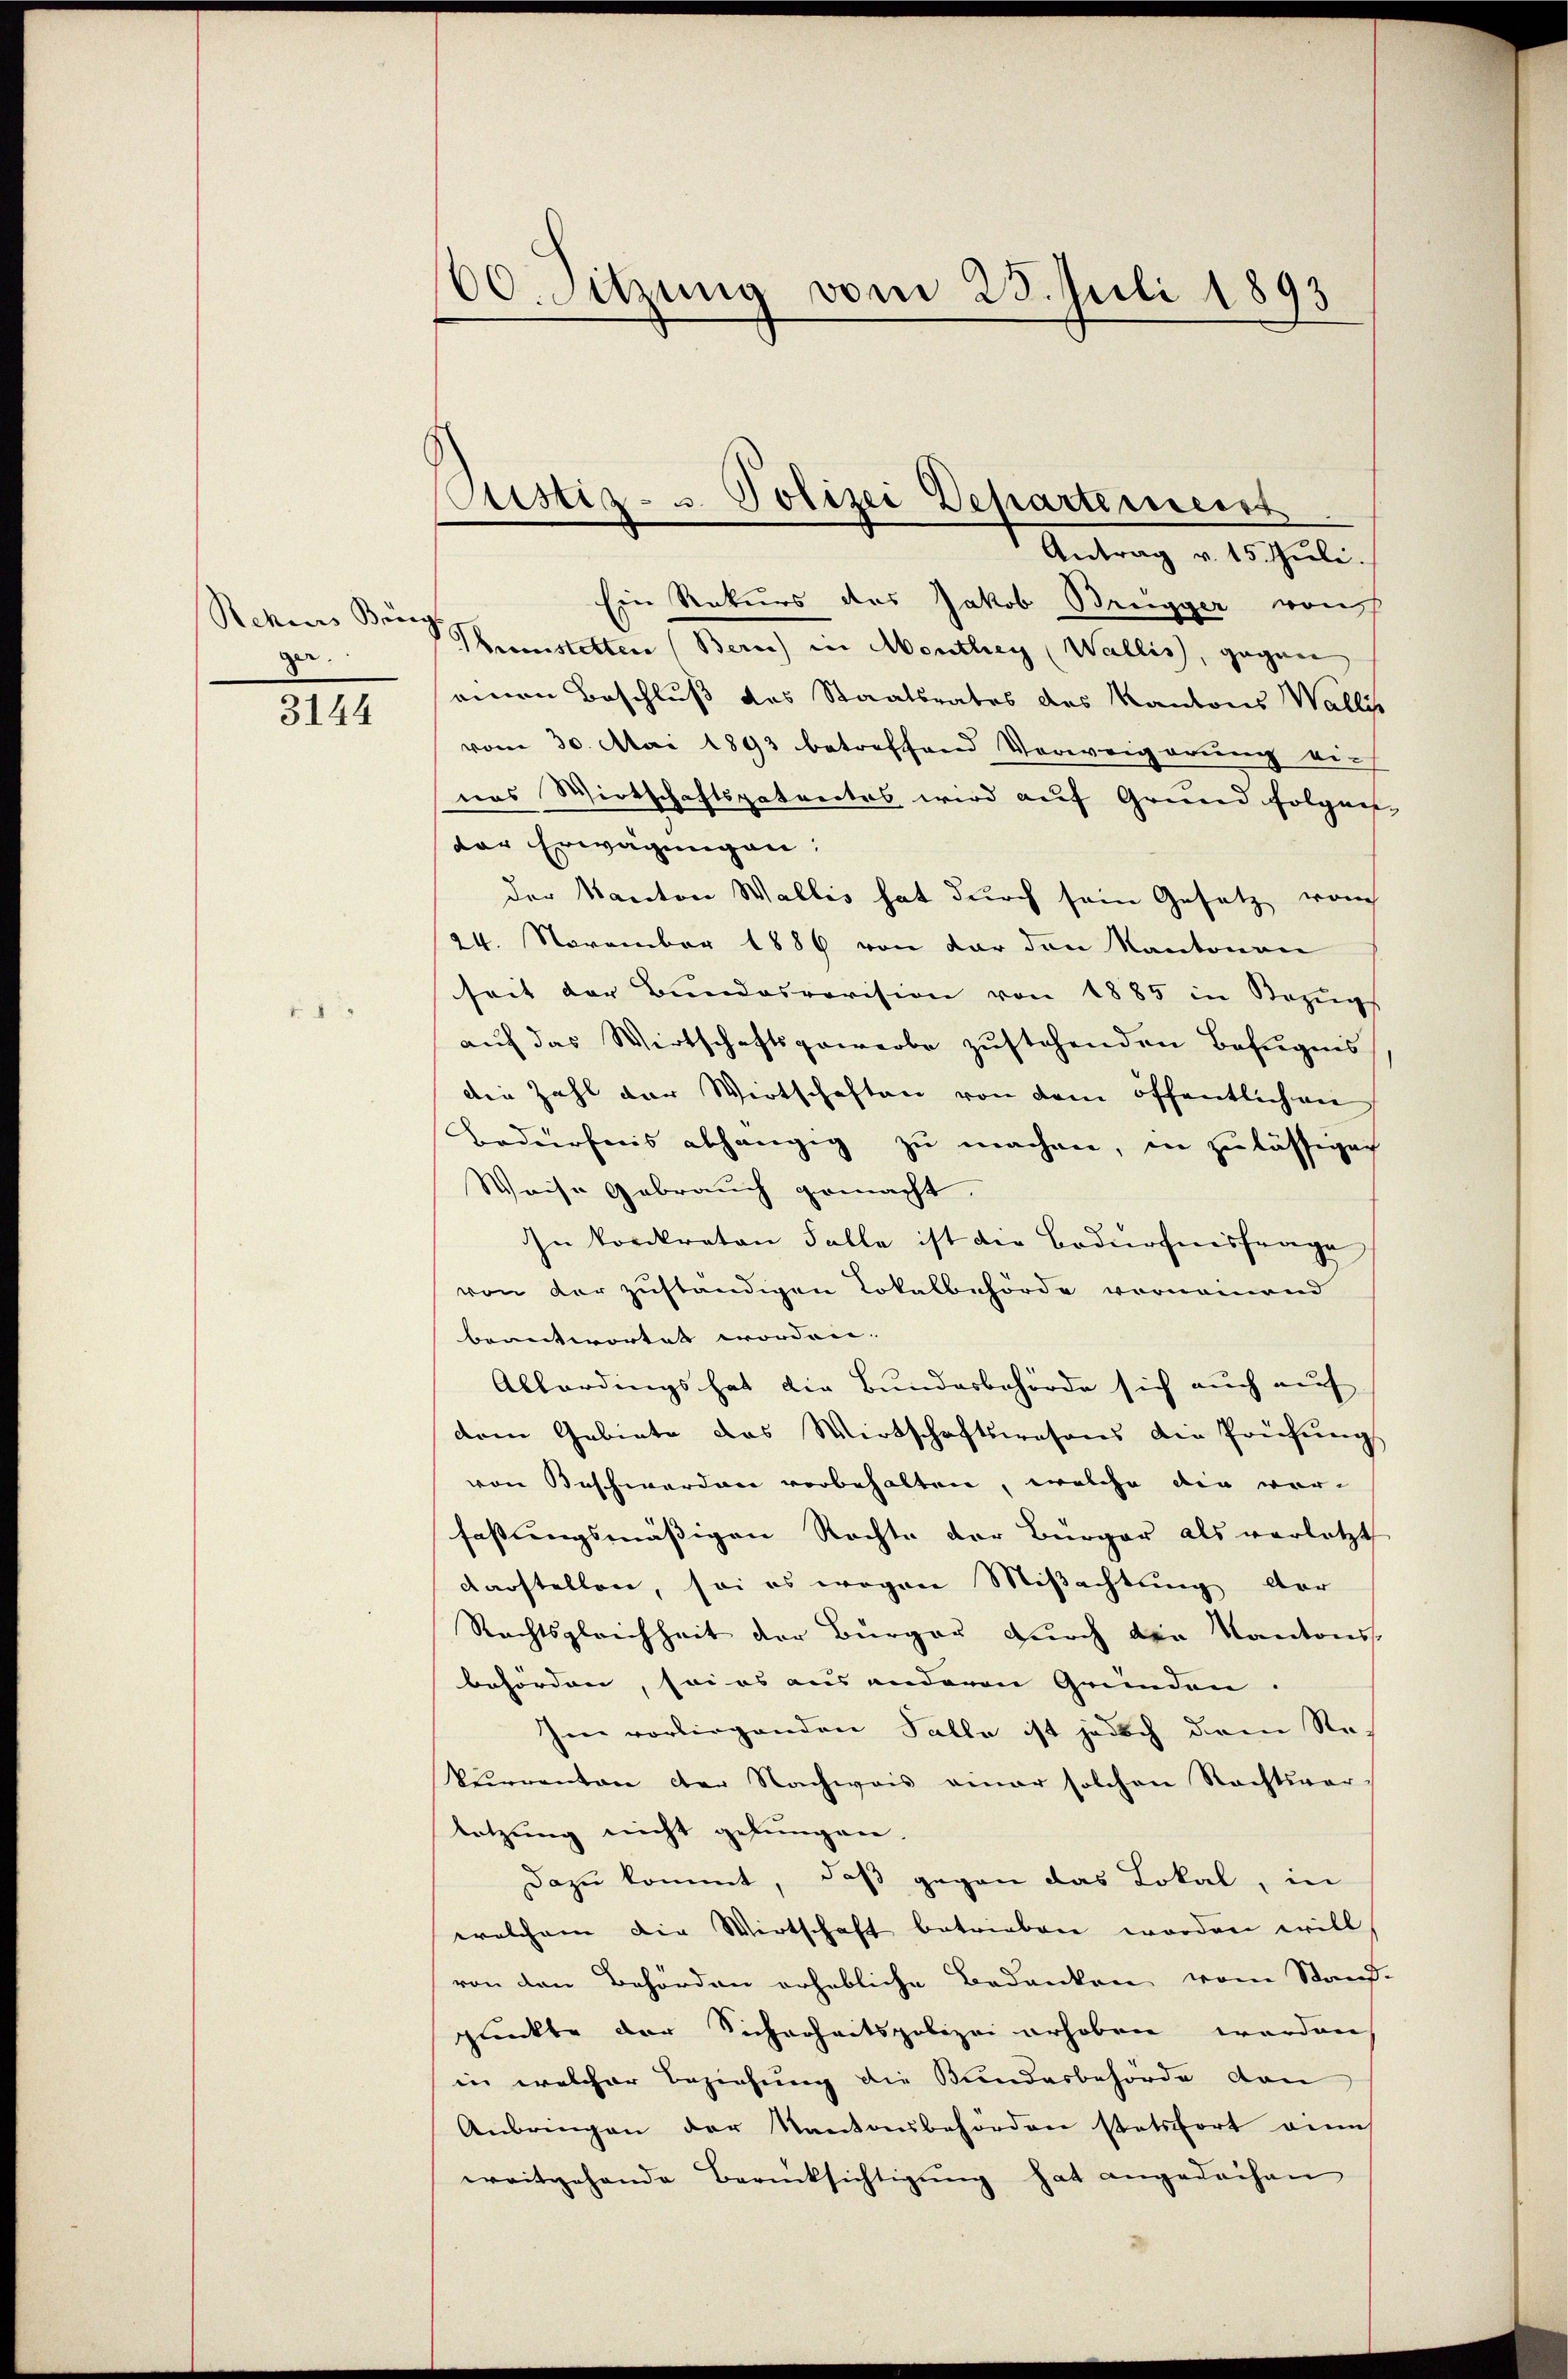
ger.
3144

00. Sitzung vom 25. Juli 1893

tistiz- u. Polizei Departement
Antrag v. 15. Juli.

Ein Rekurs des Jakob Brugger von
Rekenes Borg Gastetten (Bern) in Monthey (Wallis, gegen
seinen Beschluss des Staatsrates des Kantons Wallis
vom 30. Mai 1893 betreffend Verweigerung einas Wirtschaftspatentes wird auf Gruend folgender Erwägungen:
der Kanton Wallis hat durch sein Gesetz vom
24. November 1886 von der den Kantonen
seit der Bundesrevision von 1885 in Bezugs
aŭf das Wirtschaftsgewerbe zustehenden Befugnis
die Zahl der Wirtschaften von dem öffentlichen
Bedürfnis abhängig zu machen, in zulässigach
Weise Gebrauch gemacht.
In konkreten Falle ist die Bedürfnisfrage
von der zuständigen Lokalbehörde vornemend
beantwortet worden. |
Allardings hat die Bundesbehörde sich auch auf
dem Gebiete das Wirtschaftswesens die Prüfungs
von Beschwerden vorbehalten, welche die vor-
fassungsmässigen Rechte der Bürger als verletzt
darstellen, soi es wegen Mißachtung der
Rechtsgleichheit der Bürger durch der Kantons-
behörden, sei es aus anderen Gründen.
Im vorliegenden Falle ist jedoch dem Rekŭrrenten der Nachweis einer solchen Rechtsver-
Setzung nicht gelungen.
Dazu kommt, daß gegen das Lokal, in
welchem die Wirtschaft betrieben worden will,
von den Behörden erhebliche Bedanken vom Stauf-
punkte der Sicherheitspolizei erhoben worden
in welcher Beziehung die Bundesbehörde den
Anbringen der Kantonsbehörden stetsfort eines
weitgehande Berücksichtigung hat angedachen